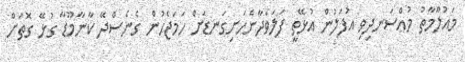
މައުލޫމާތު މުއްސަނދިވި އުފަލުން އުޅޭތީ ފަލަވެދާނެހަށިގަނޑަށް ހަމަޖެހުން ގެނެސްދޭ ކާނާމޫޑާ ގުޅޭ ގޮތަށް